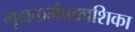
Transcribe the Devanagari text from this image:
गृह्यकर्मप्रकाशिका